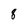
Character: 8